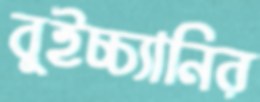
বুইচ্চ্যানির